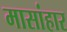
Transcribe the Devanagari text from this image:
मासांहार